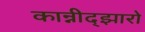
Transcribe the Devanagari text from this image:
कान्नीद्झारो